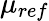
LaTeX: {\mu}_{ref}